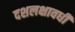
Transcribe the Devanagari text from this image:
दशलक्षावधी